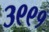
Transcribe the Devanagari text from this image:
३९९१